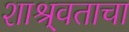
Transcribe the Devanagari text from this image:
शाश्र्वताचा